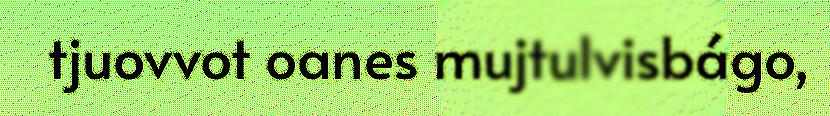
tjuovvot oanes mujtulvisbágo,